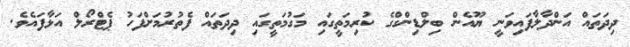
ދިދަތައް އަންދާލާފައިވަނީ ޔޫއެން ބިލްޑިންގްގެ ކުރިމަތީގައި މަގުމަތީގައި ދިދަތައް ފެތުރުމަށްފަހު ޕެޓްރޯލް އަޅާފައެވެ.